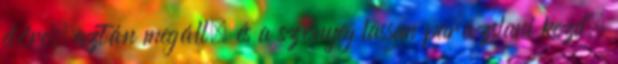
előre, aztán megáll, és a szőnyeg lassan parázslani kezd.